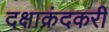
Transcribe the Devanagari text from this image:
दक्षाक्रंदकरी